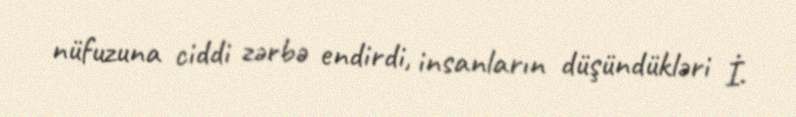
nüfuzuna ciddi zərbə endirdi, insanların düşündükləri İ.